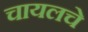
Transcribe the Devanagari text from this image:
चायलचे